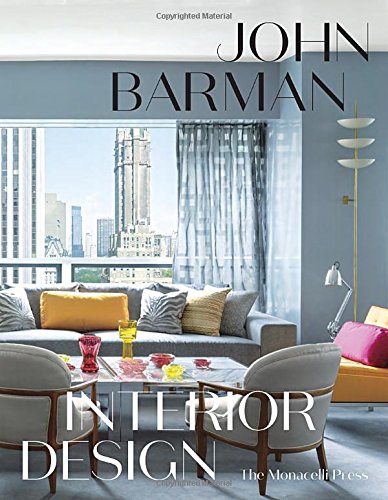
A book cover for John Barman Interior Design; John Barman; Arts & Photography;